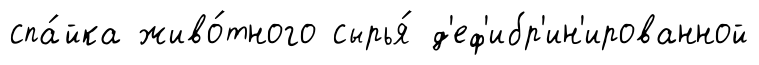
спа́йка живо́тного сырья́ д'еф'ибр'ин'ированной